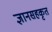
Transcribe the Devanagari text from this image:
ज्ञानसहकृत